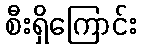
စီးရှိကြောင်း